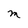
Character: M